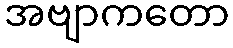
အဗျာကတော